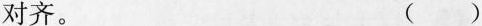
对齐。 ()